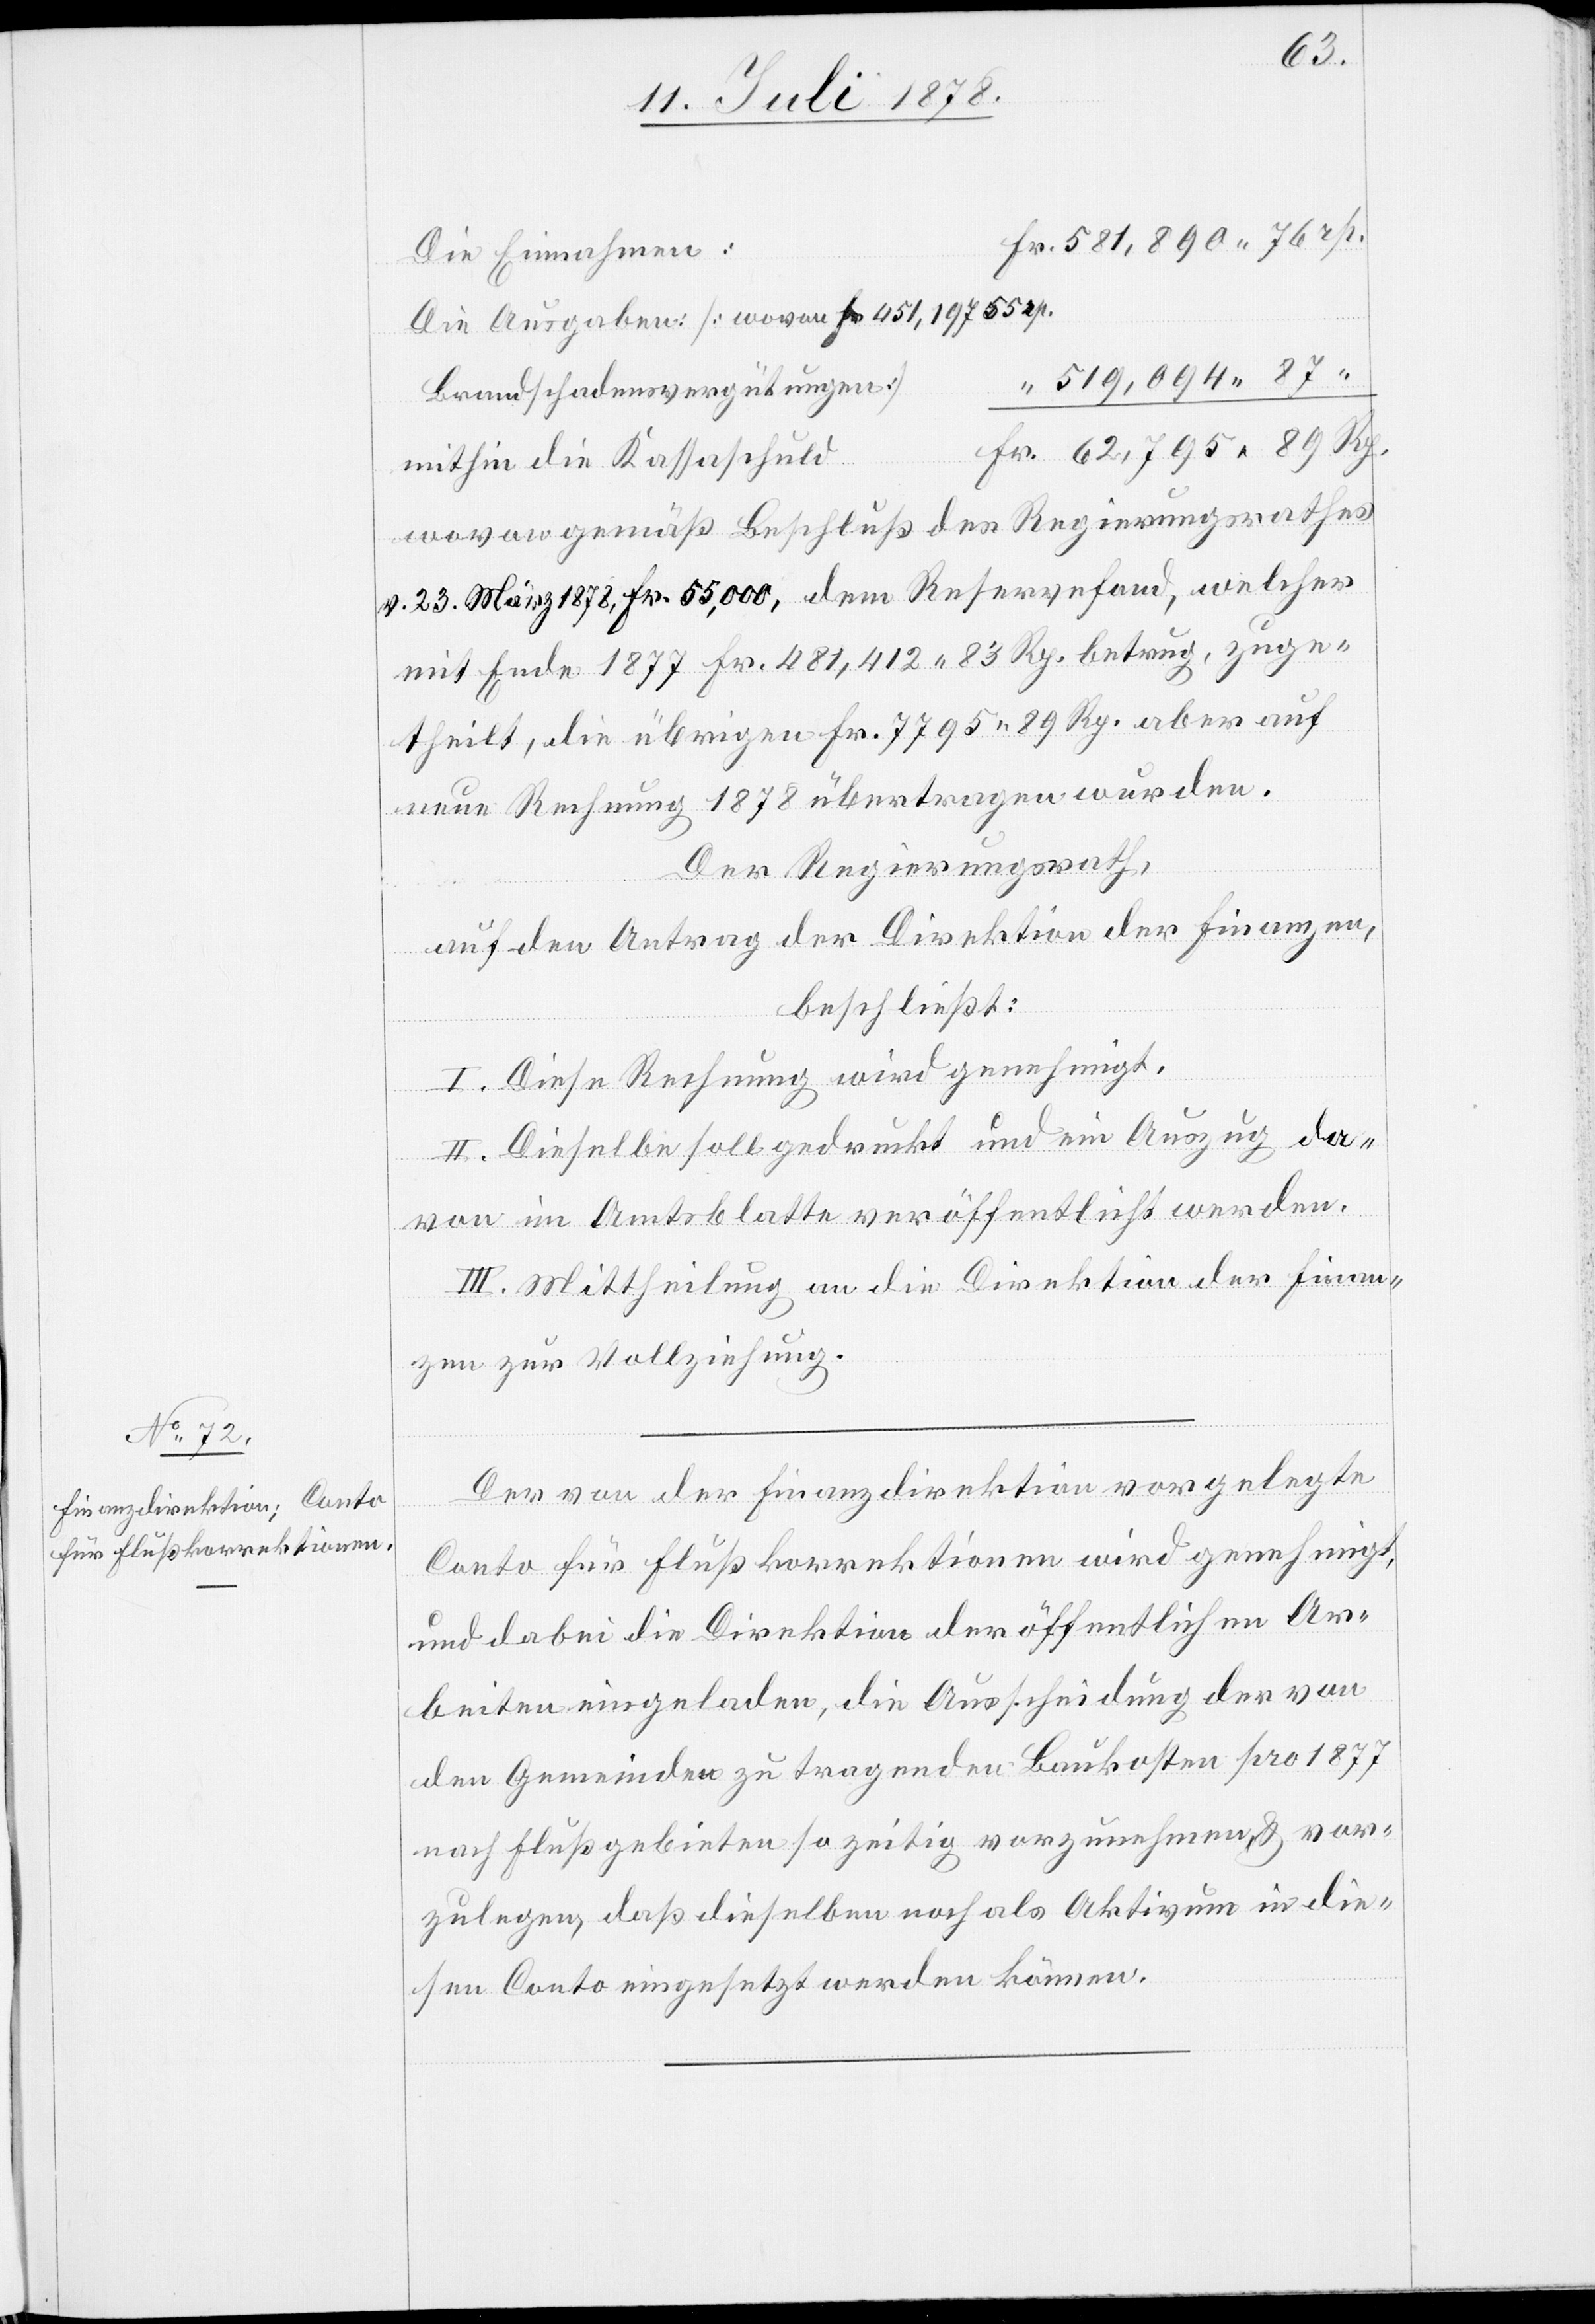
Die Einnahmen:
Die Ausgaben [wovon Fr. 451,197 55 rp.
Brandschadensvergütungen]
mithin die Kassaschuld
wovon gemäß Beschluß des Regierungsrathes
v. 23. März 1878, Fr. 55,000, dem Reservefond, welcher
mit Ende 1877 Fr. 481,412 83 Rp. betrug, zuge¬
theilt, die übrigen Fr. 7795 89 Rp. aber auf
neue Rechnung 1878 übertragen wurden.
Der Regierungsrath,
auf den Antrag der Direktion der Finanzen,
“
beschließt:
I. Diese Rechnung wird genehmigt.
II. Dieselbe soll gedruckt und ein Auszug da¬
von im Amtsblatte veröffentlicht werden.
III. Mittheilung an die Direktion der Finan¬
zen zur Vollziehung.
Der von der Finanzdirektion vorgelegte
Conto für Flußkorrektionen wird genehmigt,
und dabei die Direktion der öffentlichen Ar¬
beiten eingeladen, die Ausscheidung der von
den Gemeinden zu tragenden Baukosten pro 1877
nach Flussgebieten so zeitig vorzunehmen, & vor¬
zulegen, daß dieselben noch als Aktivum in die¬
sen Conto eingesetzt werden können.